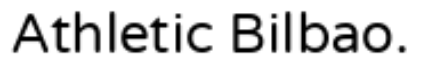
Athletic Bilbao.